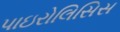
પાઇરોલિસિસ